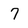
Character: 7